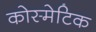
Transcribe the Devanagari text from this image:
कोस्मेटिक